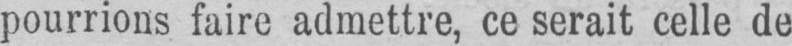
pourrions faire admettre, ce serait celle de